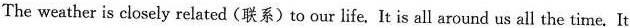
The weather is closely related(联系) to our life, It is all around us all the time. It